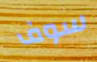
سوف